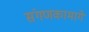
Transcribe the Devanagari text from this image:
संगणकामागे